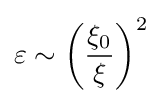
\varepsilon \sim \left({\frac {\xi _{0}}{\xi }}\right)^{2}